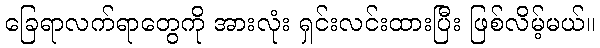
ခြေရာလက်ရာတွေကို အားလုံး ရှင်းလင်းထားပြီး ဖြစ်လိမ့်မယ်။